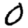
Digit: 0